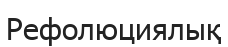
Рефолюциялық